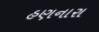
હણનારા